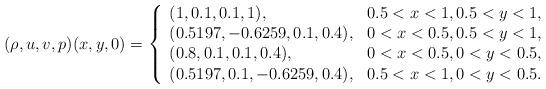
LaTeX: \begin{align*}(\rho,u,v,p)(x,y,0) =\left\{\begin{array}{ll} (1, 0.1, 0.1, 1), & 0.5<x<1,0.5<y<1,\\ (0.5197, -0.6259, 0.1, 0.4), & 0<x<0.5, 0.5<y<1,\\ (0.8, 0.1, 0.1, 0.4),&0<x<0.5,0<y<0.5,\\ (0.5197, 0.1, -0.6259, 0.4), &0.5<x<1,0<y<0.5.\end{array}\right.\end{align*}